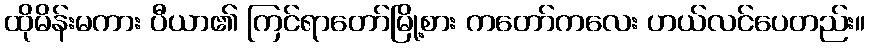
ထိုမိန်းမကား ပီယာ၏ ကြင်ရာတော်မြို့စား ကတော်ကလေး ဟယ်လင်ပေတည်း။